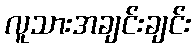
လူသားအချင်းချင်း